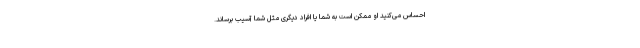
احساس می‌کنید او ممکن است به شما یا افراد دیگری مثل شما آسیب برساند.